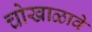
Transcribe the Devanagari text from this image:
चोखाळावे